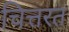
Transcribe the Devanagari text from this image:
चित्तरत